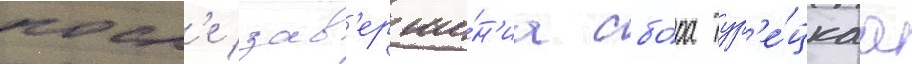
посл'е зав'ерше́н'иа сбо́ра тур'е́цкаа